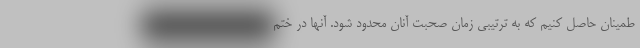
طمینان حاصل کنیم که به ترتیبی زمان صحبت آنان محدود شود. آنها در ختم